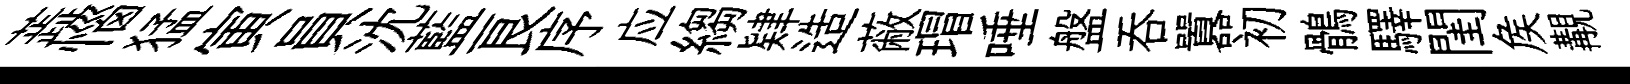
蕋惱猛寅員沈藍良序应縐肄造蔽瑁唾盤呑囂初鶻驛閨矦覯